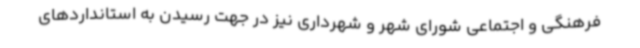
فرهنگی و اجتماعی شورای شهر و شهرداری نیز در جهت رسیدن به استانداردهای